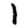
Digit: 1